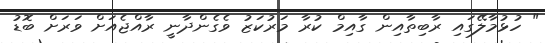
" ހުޅުމާލޭގައި ރާބިތާއިން ގާއިމް ކުރާ މަރުކަޒު ވެގެންދާނީ ރާއްޖެއަށް ވަރަށް ބޮޑު